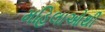
મહિલાઓથી